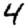
Digit: 4